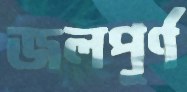
জলপূর্ণ